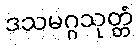
ဒသမဂ္ဂသုတ္တံ